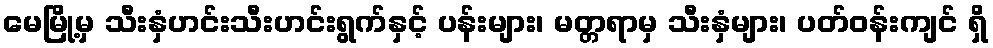
မေမြို့မှ သီးနှံဟင်းသီးဟင်းရွက်နှင့် ပန်းများ၊ မတ္တရာမှ သီးနှံများ၊ ပတ်ဝန်းကျင် ရှိ